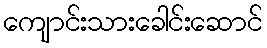
ကျောင်းသားခေါင်းဆောင်